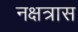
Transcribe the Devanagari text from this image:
नक्षत्रास